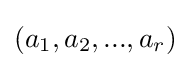
(a_{1},a_{2},...,a_{r})